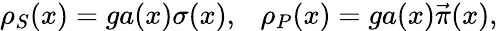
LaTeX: \rho_{S}(x)=ga(x)\sigma(x),~~~\rho_{P}(x)=ga(x)\vec{\pi}(x),